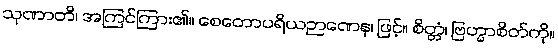
သုဏာတိ၊ အကြင်ကြား၏။ စေတောပရိယဉာဏေန၊ ဖြင့်။ စိတ္တံ၊ ဗြဟ္မာစိတ်ကို။